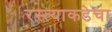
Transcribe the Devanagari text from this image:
रस्त्याकडेचा